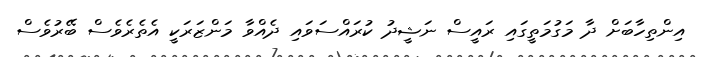
އިންތިހާބަށް ދާ މަގުމަތީގައި ރައީސް ނަޝީދު ކުރައްސަވައި ދެއްވާ މަންޒަރަކީ އެތެރެވެސް ބޭރުވެސް